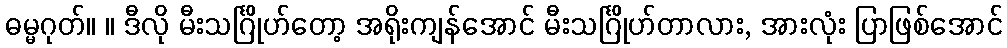
ဓမ္မဂုတ်။ ။ ဒီလို မီးသင်္ဂြိုဟ်တော့ အရိုးကျန်အောင် မီးသင်္ဂြိုဟ်တာလား, အားလုံး ပြာဖြစ်အောင်